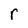
Character: r